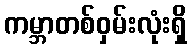
ကမ္ဘာတစ်ဝှမ်းလုံးရှိ